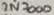
Text: 2N7000